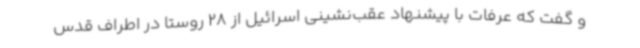
و گفت که عرفات با پیشنهاد عقب‌نشینی اسرائیل از 28 روستا در اطراف قدس